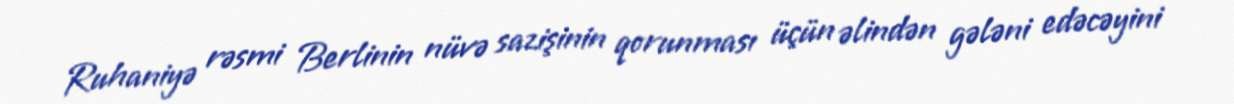
Ruhaniyə rəsmi Berlinin nüvə sazişinin qorunması üçün əlindən gələni edəcəyini